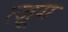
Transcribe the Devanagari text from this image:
त्ज़ूग